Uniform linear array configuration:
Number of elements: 12
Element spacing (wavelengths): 0.75
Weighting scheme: uniform
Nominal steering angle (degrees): -15
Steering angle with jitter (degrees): -16.482
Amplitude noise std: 0.05
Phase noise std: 0.05

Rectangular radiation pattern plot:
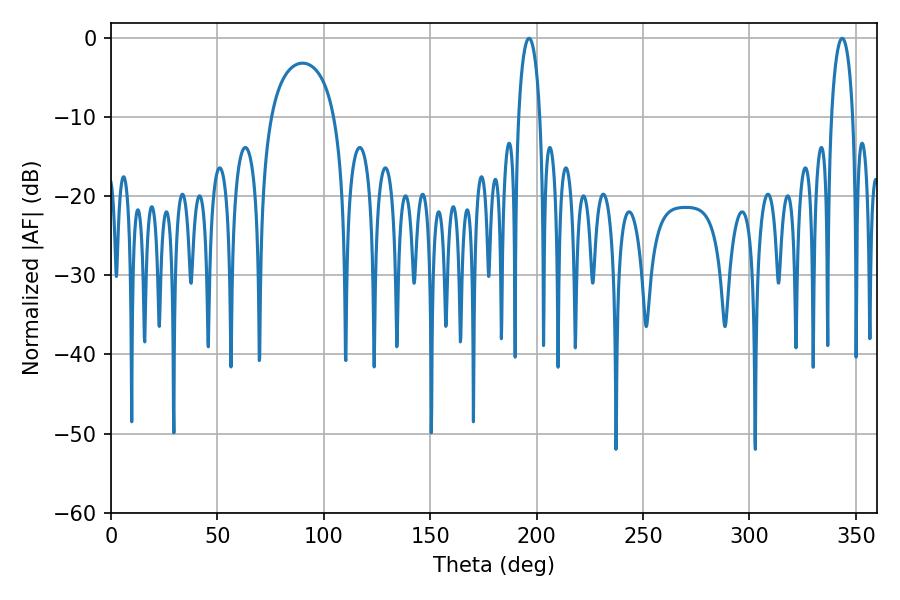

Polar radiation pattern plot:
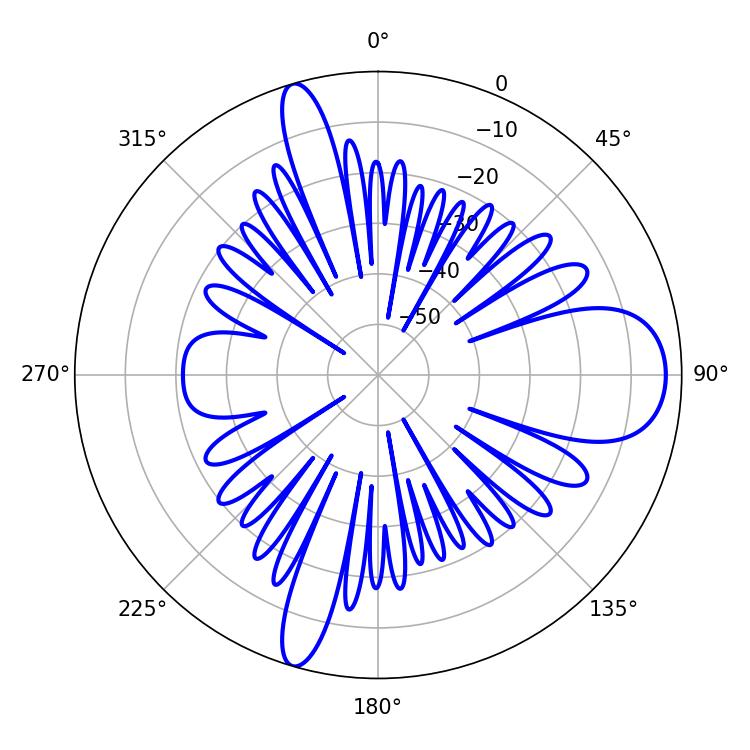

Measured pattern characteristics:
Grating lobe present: TRUE
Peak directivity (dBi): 12.158
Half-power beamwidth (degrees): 5.76
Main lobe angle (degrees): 196.38